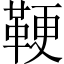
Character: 鞕